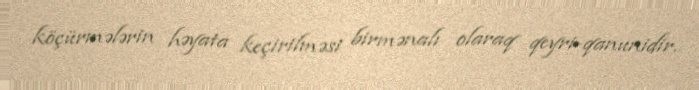
köçürmələrin həyata keçirilməsi birmənalı olaraq qeyri-qanunidir.